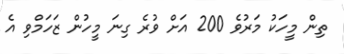
ތިން މީހަކު މަރުވެ 200 އަށް ވުރެ ގިނަ މީހުން ޒަހަމްވި އެ